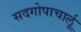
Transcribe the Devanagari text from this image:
सदगोपाचार्लू